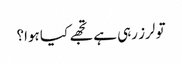
تو لرز رہی ہے تجھے کیا ہوا؟